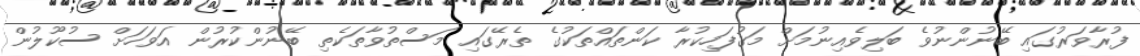
ފުރާވަރުގައި ބޭނުންނުވެ ބަލިވެއިނުމަށް މަގުފަހިކުރާ ކަންތައްތަކުގެ ތެރޭގައި މަސްތުވާތަކެތި ބޭނުންކުރުން އަވަހަށް ސުކޫލުން